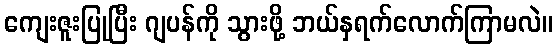
ကျေးဇူးပြုပြီး ဂျပန်ကို သွားဖို့ ဘယ်နှရက်လောက်ကြာမလဲ။